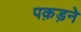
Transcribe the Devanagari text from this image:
पक़ड़ने